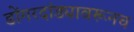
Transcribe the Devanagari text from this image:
डोंगरदांड्यावरूनच